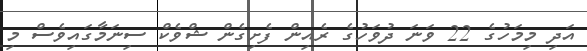
އަދި މިމަހުގެ 22 ވަނަ ދުވަހުގެ ރެއިން ފެށިގެން ޝްވެކް ސިނަމާގައިވެސް މި